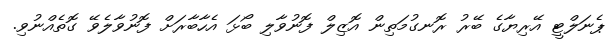
ޕެނަލްޓީ އޭރިޔާގެ ބޭރު ރޮނގުމަތިން އޮޒިލް ފޮނުވާލި ބޯޅަ އެހާބާރަށް ފޮނުވާލެވޭ ގޮތެއްނުވި.